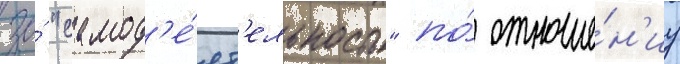
за́ "самод'е́ят'ельность" по́ отноше́н'иу